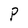
Character: P